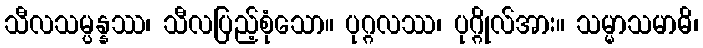
သီလသမ္ပန္နဿ၊ သီလပြည့်စုံသော။ ပုဂ္ဂလဿ၊ ပုဂ္ဂိုလ်အား။ သမ္မာသမာဓိ၊